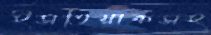
ইসতিয়াকসহ